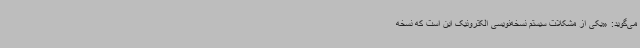
می‌گوید: «یکی از مشکلات سیستم نسخه‌نویسی الکترونیک این است که نسخه